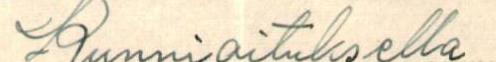
Kunnioituksella